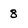
Character: 8